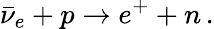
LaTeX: \bar{\nu}_{e}+p\to e^{+}+n\, .